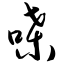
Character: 喋